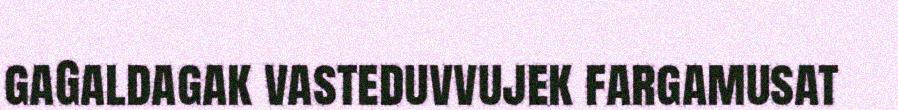
gaGaldagak vasteduvvujek fargamusat